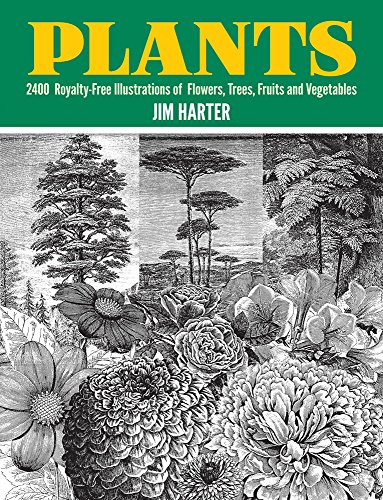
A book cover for Plants: 2,400 Royalty-Free Illustrations of Flowers, Trees, Fruits and Vegetables (Dover Pictorial Archive); Arts & Photography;